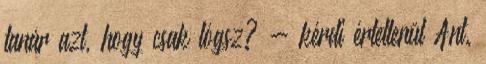
tanár azt, hogy csak lógsz? - kérdi értetlenül Ant.